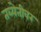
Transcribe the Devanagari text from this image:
तब्येतीवर